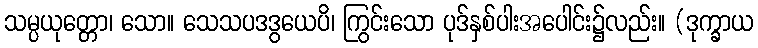
သမ္ပယုတ္တော၊ သော။ သေသပဒဒွယေပိ၊ ကြွင်းသော ပုဒ်နှစ်ပါးအပေါင်း၌လည်း။ (ဒုက္ခာယ